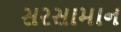
સરસામાન